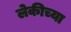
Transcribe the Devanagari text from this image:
लेकीच्या